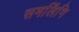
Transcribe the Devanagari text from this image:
समलिंगि